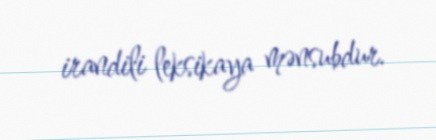
irandili leksikaya mənsubdur.